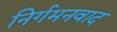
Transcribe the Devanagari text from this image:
निर्गमनवाद